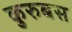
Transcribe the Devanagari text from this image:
कुरुबस